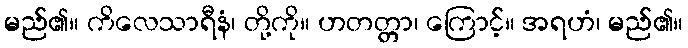
မည်၏။ ကိလေသာရီနံ၊ တို့ကို။ ဟတတ္တာ၊ ကြောင့်။ အရဟံ၊ မည်၏။